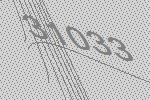
31033